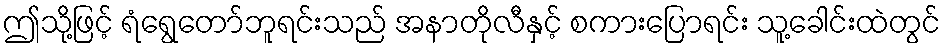
ဤသို့ဖြင့် ရံရွေတော်ဘူရင်းသည် အနာတိုလီနှင့် စကားပြောရင်း သူ့ခေါင်းထဲတွင်